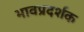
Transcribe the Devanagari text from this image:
भावप्रदर्शक